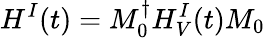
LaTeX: H^{I}(t)=M_{0}^{\dagger}H_{V}^{I}(t)M_{0}